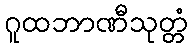
ဂူထဘာဏီသုတ္တံ